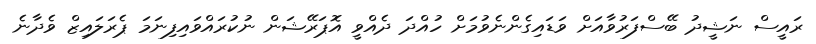
ރައީސް ނަޝީދު ބޭސްފަރުވާއަށް ވަޑައިގެންނެވުމަށް ހުއްދަ ދެއްވީ އޮޕަރޭޝަން ނުކުރައްވައިފިނަމަ ޕެރަލައިޒް ވެދާނެ